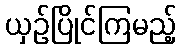
ယှဉ်ပြိုင်ကြမည့်